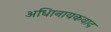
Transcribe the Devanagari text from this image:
अधिानायकवाद